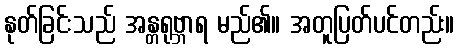
နုတ်ခြင်းသည် အန္တရုဗ္ဘာရ မည်၏။ အတူပြတ်ပင်တည်း။